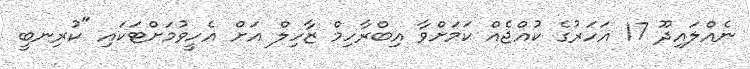
ނެއްލައިދޫ 17 އަހަރުގެ ކުއްޖެއް ކަމަށްވާ އިބްރާހިމް ޒާހިލް އަށް އެހީވުމަށްޓަކައި "ކުރިނބީ